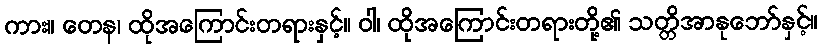
ကား။ တေန၊ ထိုအကြောင်းတရားနှင့်။ ဝါ၊ ထိုအကြောင်းတရားတို့၏ သတ္တိအာနုဘော်နှင့်။